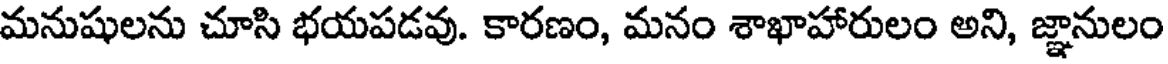
మనుషులను చూసి భయపడవు. కారణం, మనం శాఖాహారులం అని, జ్ఞానులం